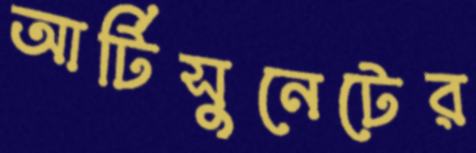
আর্টিসুনেটের